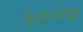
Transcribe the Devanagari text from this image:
द्न्यानातुन